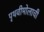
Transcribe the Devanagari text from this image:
पृथवीमोलाची